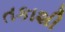
તકાશી